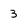
Character: 3